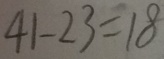
4 1 - 2 3 = 1 8